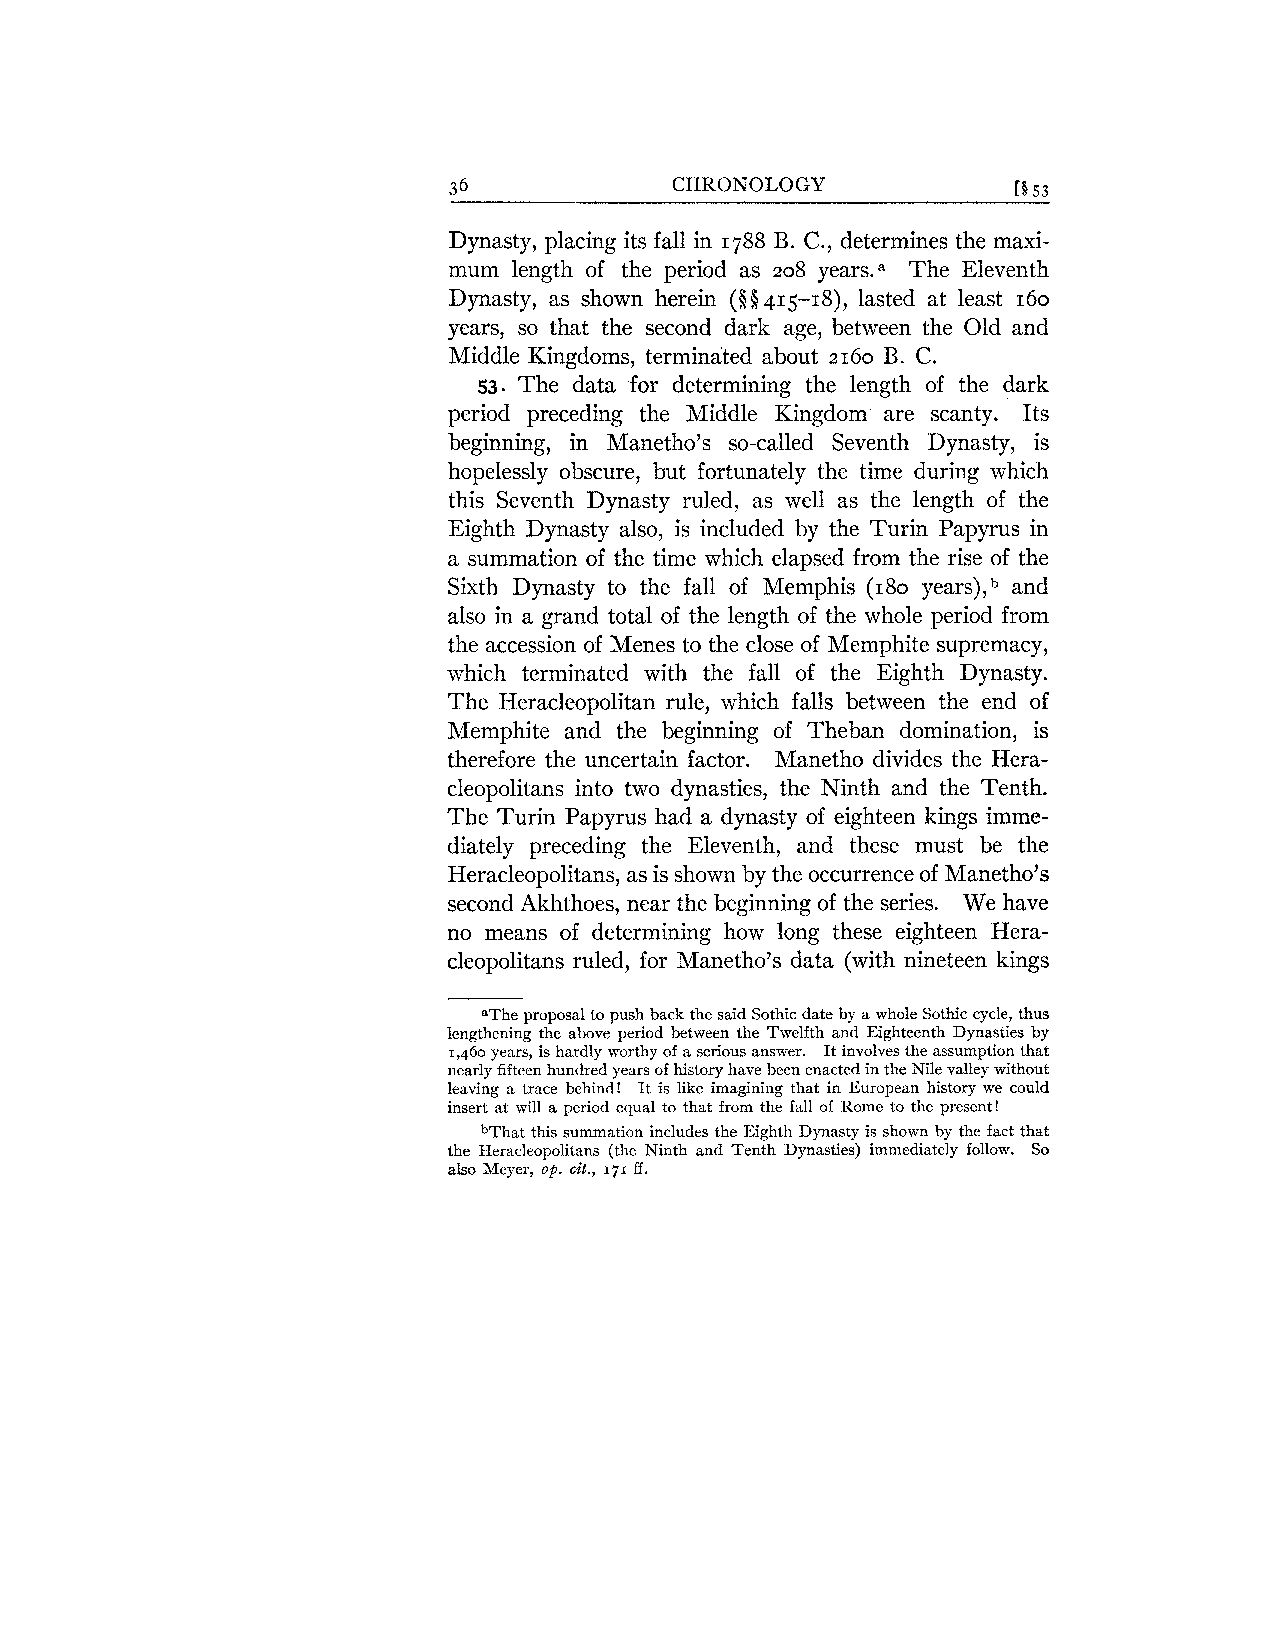
36             CHRONOLOGY            [S 53
 Dynasty, placing its fall in 1788 B. C., determines the maxi-
 mum length of the period as 208 years.a The Eleventh
 Dynasty, as shown herein ($8415-18), lasted at least 160
 years, so that the second dark age, between the Old and
 Middle Kingdoms, terminated about 2160 B. C.
 53. The data for determining the length of the dark
 period preceding the Middle Kingdom are scanty. Its
 beginning, in Manetho's so-called Seventh Dynasty, is
 hopelessly obscure, but fortunately the time during which
 this Seventh Dynasty ruled, as well as the length of the
 Eighth Dynasty also, is included by the Turin Papyrus in
 a summation of the time which elapsed from the rise of the
 Sixth Dynasty to the fall of Memphis (180 year^),^ and
 also in a grand total of the length of the whole period from
 the accession of Menes to the close of Memphite supremacy,
 which terminated with the fall of the Eighth Dynasty.
 The Heracleopolitan rule, which falls between the end of
 Memphite and the beginning of Theban domination, is
 therefore the uncertain factor. Manetho divides the Hera-
 cleopolitans into two dynasties, the Ninth and the Tenth.
 The Turin Papyrus had a dynasty of eighteen kings imme-
 diately preceding the Eleventh, and these must be the
 Heracleopolitans, as is shown by the occurrence of Manetho's
 second Akhthoes, near the beginning of the series. We have
 no means of determining how long these eighteen Hera-
 cleopolitans ruled, for Manetho's data (with nineteen kings
 aThe proposal to push back the said Sothic date by a whole Sothic cycle, thus
 lengthening the above period between the Twelfth and Eighteenth Dynasties by
 1,460 years, is hardly worthy of a serious answer. It involves the assumption that
 nearly fifteen hundred years of history have been enacted in the Nile valley without
 leaving a trace behind! It is like imagining that in European history we could
 insert at will a period equal to that from the fall of Rome to the present!
 bThat this summation includes the Eighth Dynasty is shown by the fact that
 the Heracleopolitans (the Ninth and Tenth Dynasties) immediately follow. So
 also Meyer, op. cit., 171 ff.